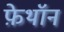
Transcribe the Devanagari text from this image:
फ़ेथॉन